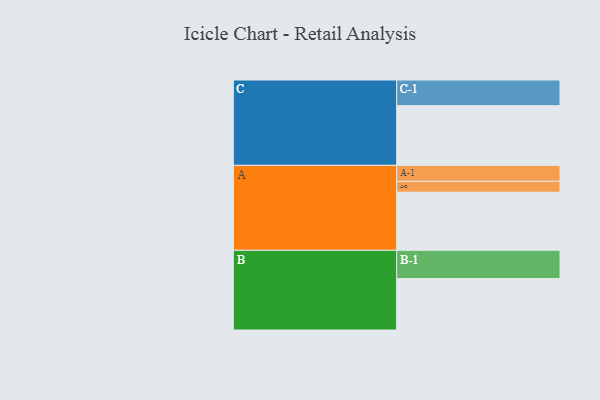
{"axis": {"x": "Segment", "y": "Value"}, "legend": ["", "A", "B", "C"], "data": [{"x": "A", "y": 545, "type": ""}, {"x": "B", "y": 483, "type": ""}, {"x": "C", "y": 560, "type": ""}, {"x": "A-1", "y": 150, "type": "A"}, {"x": "A-2", "y": 102, "type": "A"}, {"x": "B-1", "y": 265, "type": "B"}, {"x": "C-1", "y": 241, "type": "C"}]}